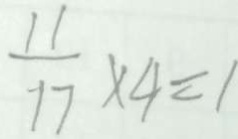
\frac { 1 1 } { 1 7 } \times 4 = 1